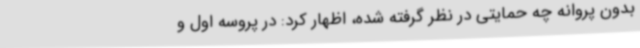
بدون پروانه چه حمایتی در نظر گرفته شده، اظهار کرد: در پروسه اول و